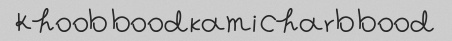
Khoob bood kami charb bood